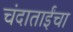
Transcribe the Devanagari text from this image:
चंदाताईंचा